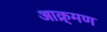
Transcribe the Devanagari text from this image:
आक्र्मण